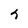
Character: h